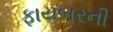
ફાયબરની